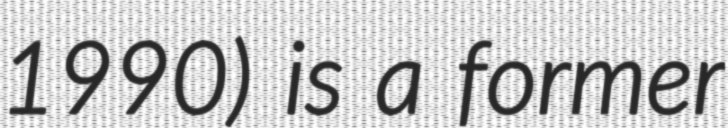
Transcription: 1990) is a former